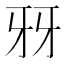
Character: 𤘆